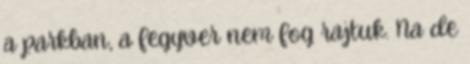
a parkban, a fegyver nem fog rajtuk. Na de